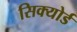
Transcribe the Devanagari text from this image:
सिक्योर्ड